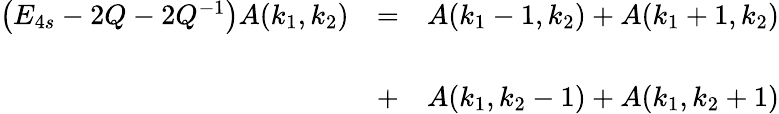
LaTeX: \begin{array}{lll}{{\left(E_{4s}-2Q-2Q^{-1}\right)A(k_{1},k_{2})}}&{{=}}&{{A(k_{1}-1,k_{2})+A(k_{1}+1,k_{2})}}\\ {{}}&{{}}&{{}}\\ {{}}&{{+}}&{{A(k_{1},k_{2}-1)+A(k_{1},k_{2}+1)}}\end{array}